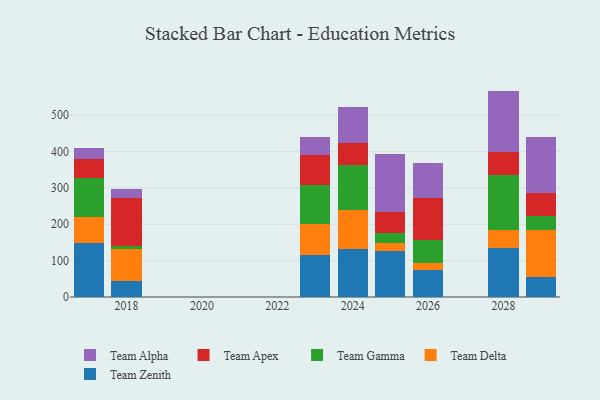
{"axis": {"x": "Year", "y": "Budget (USD K)"}, "legend": ["Team Alpha", "Team Apex", "Team Delta", "Team Gamma", "Team Zenith"], "data": [{"x": "2029", "y": 53.8, "type": "Team Zenith"}, {"x": "2029", "y": 130.5, "type": "Team Delta"}, {"x": "2029", "y": 39.5, "type": "Team Gamma"}, {"x": "2029", "y": 61.7, "type": "Team Apex"}, {"x": "2029", "y": 154.5, "type": "Team Alpha"}, {"x": "2018", "y": 44.7, "type": "Team Zenith"}, {"x": "2018", "y": 86.0, "type": "Team Delta"}, {"x": "2018", "y": 9.2, "type": "Team Gamma"}, {"x": "2018", "y": 131.3, "type": "Team Apex"}, {"x": "2018", "y": 25.8, "type": "Team Alpha"}, {"x": "2017", "y": 148.3, "type": "Team Zenith"}, {"x": "2017", "y": 72.5, "type": "Team Delta"}, {"x": "2017", "y": 106.3, "type": "Team Gamma"}, {"x": "2017", "y": 51.1, "type": "Team Apex"}, {"x": "2017", "y": 30.7, "type": "Team Alpha"}, {"x": "2026", "y": 74.4, "type": "Team Zenith"}, {"x": "2026", "y": 19.7, "type": "Team Delta"}, {"x": "2026", "y": 62.9, "type": "Team Gamma"}, {"x": "2026", "y": 116.2, "type": "Team Apex"}, {"x": "2026", "y": 96.0, "type": "Team Alpha"}, {"x": "2023", "y": 115.6, "type": "Team Zenith"}, {"x": "2023", "y": 86.3, "type": "Team Delta"}, {"x": "2023", "y": 105.6, "type": "Team Gamma"}, {"x": "2023", "y": 84.3, "type": "Team Apex"}, {"x": "2023", "y": 48.4, "type": "Team Alpha"}, {"x": "2028", "y": 135.2, "type": "Team Zenith"}, {"x": "2028", "y": 48.5, "type": "Team Delta"}, {"x": "2028", "y": 153.1, "type": "Team Gamma"}, {"x": "2028", "y": 62.1, "type": "Team Apex"}, {"x": "2028", "y": 168.1, "type": "Team Alpha"}, {"x": "2024", "y": 130.9, "type": "Team Zenith"}, {"x": "2024", "y": 108.7, "type": "Team Delta"}, {"x": "2024", "y": 123.7, "type": "Team Gamma"}, {"x": "2024", "y": 60.5, "type": "Team Apex"}, {"x": "2024", "y": 99.6, "type": "Team Alpha"}, {"x": "2025", "y": 126.6, "type": "Team Zenith"}, {"x": "2025", "y": 22.6, "type": "Team Delta"}, {"x": "2025", "y": 27.2, "type": "Team Gamma"}, {"x": "2025", "y": 57.1, "type": "Team Apex"}, {"x": "2025", "y": 159.0, "type": "Team Alpha"}]}